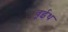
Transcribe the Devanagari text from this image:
वूईथ